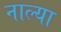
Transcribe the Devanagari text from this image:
नाल्या